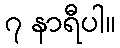
၇ နာရီပါ။